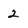
Character: 2